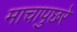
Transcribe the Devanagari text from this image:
माचापुछरे